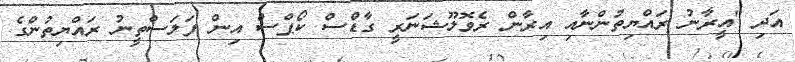
އަދި "އީރާނު ރައްޔިތުންނާއި އިރާން ރެވޮލޫޝަނަރީ ގާޑްސް ކޯޕްސް އިން ފަލަސްތީނު ރައްޔިތުންގެ